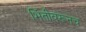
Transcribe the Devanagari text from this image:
भिंतीवरूनच